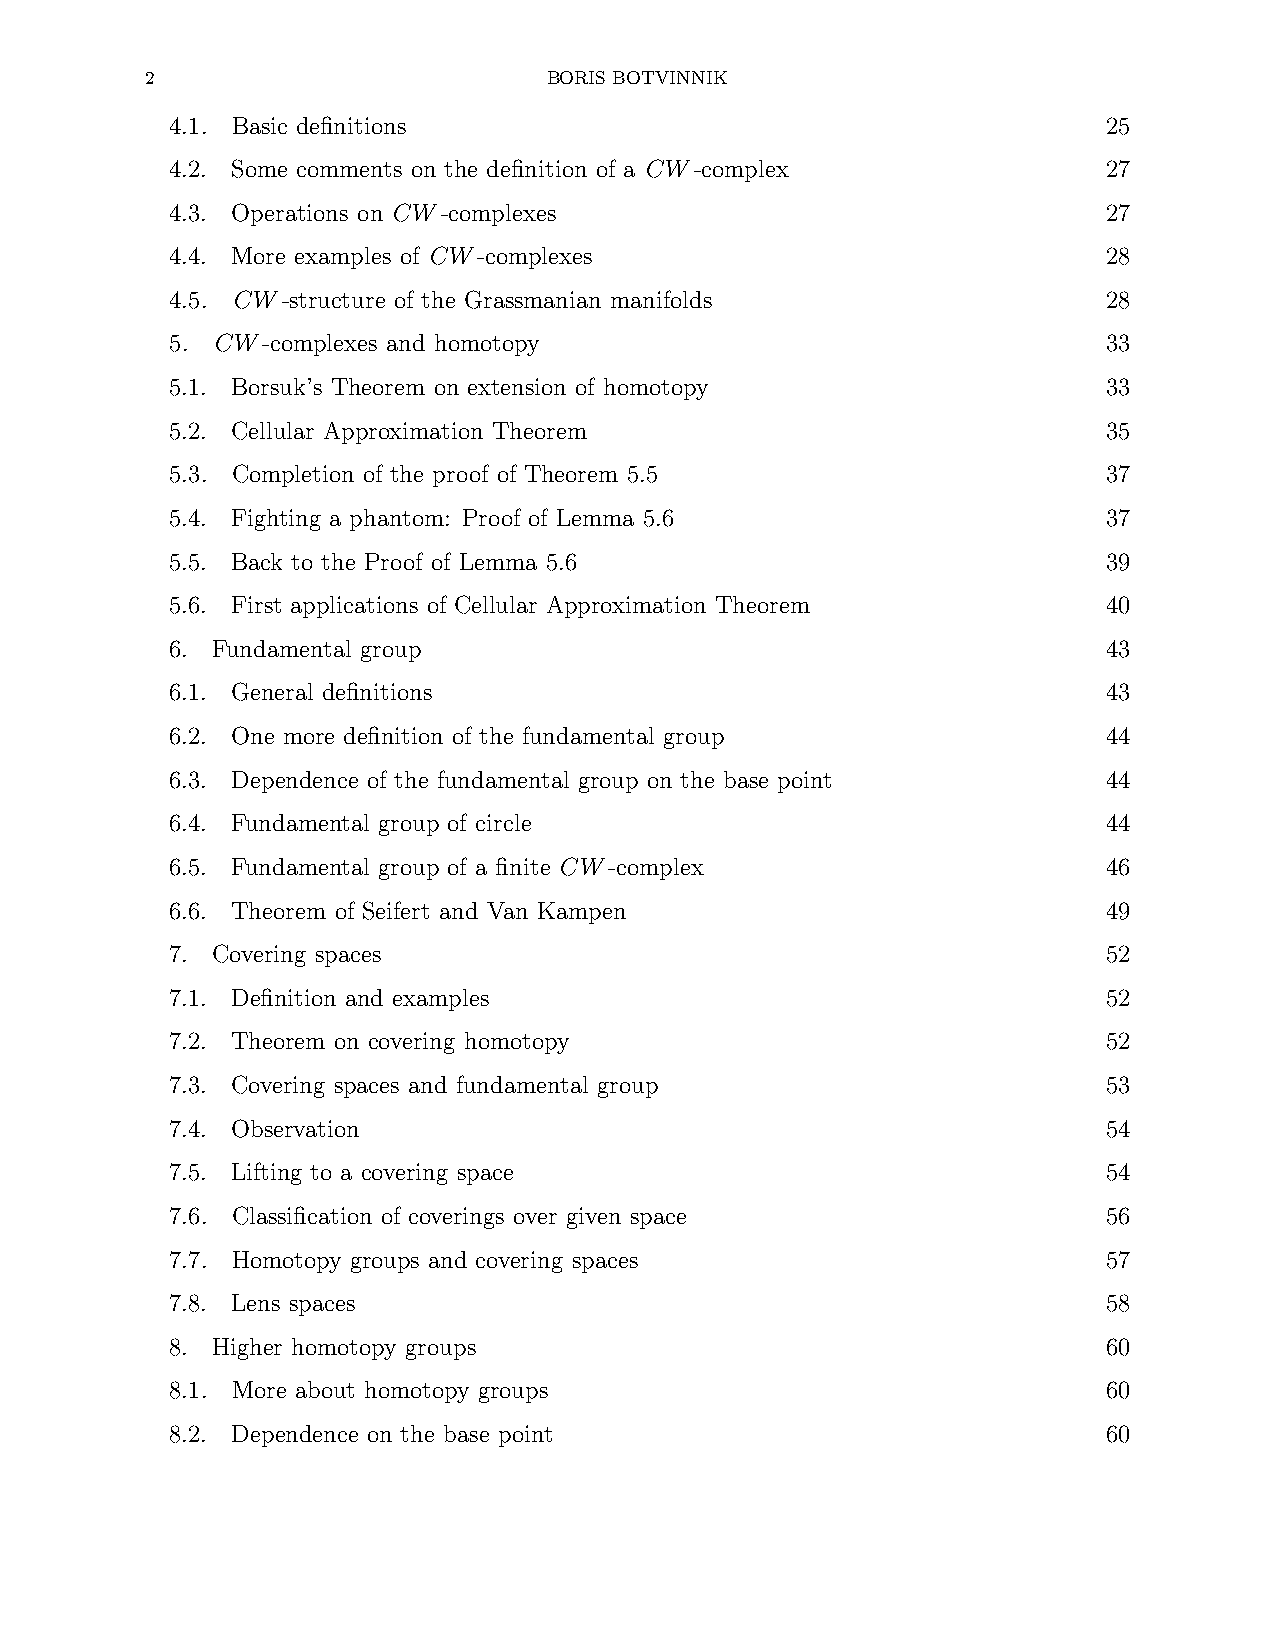
2                         BORIS BOTVINNIK
 4.1. Basic definitions                                        25
 4.2. Some comments on the definition of a CW-complex          27
 4.3. Operations on CW-complexes                               27
 4.4. More examples of CW-complexes                            28
 4.5. CW-structure of the Grassmanian manifolds                28
 5. CW-complexes and homotopy                                  33
 5.1. Borsuk’s Theorem on extension of homotopy                33
 5.2. Cellular Approximation Theorem                           35
 5.3. Completion of the proof of Theorem 5.5                   37
 5.4. Fighting a phantom: Proof of Lemma 5.6                   37
 5.5. Back to the Proof of Lemma 5.6                           39
 5.6. First applications of Cellular Approximation Theorem     40
 6. Fundamental group                                          43
 6.1. General definitions                                      43
 6.2. One more definition of the fundamental group             44
 6.3. Dependence of the fundamental group on the base point    44
 6.4. Fundamental group of circle                              44
 6.5. Fundamental group of a finite CW-complex                 46
 6.6. Theorem of Seifert and Van Kampen                        49
 7. Covering spaces                                            52
 7.1. Definition and examples                                  52
 7.2. Theorem on covering homotopy                             52
 7.3. Covering spaces and fundamental group                    53
 7.4. Observation                                              54
 7.5. Lifting to a covering space                              54
 7.6. Classification of coverings over given space             56
 7.7. Homotopy groups and covering spaces                      57
 7.8. Lens spaces                                              58
 8. Higher homotopy groups                                     60
 8.1. More about homotopy groups                               60
 8.2. Dependence on the base point                             60